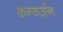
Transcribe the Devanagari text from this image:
कन्वर्ज़न